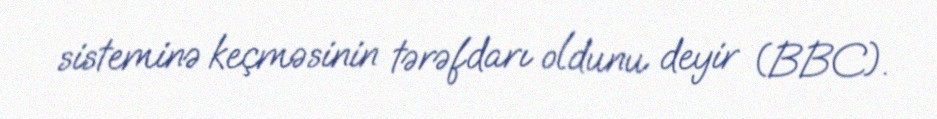
sisteminə keçməsinin tərəfdarı oldunu deyir (BBC).